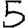
Digit: 5